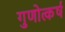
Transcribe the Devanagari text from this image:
गुणोत्कर्ष